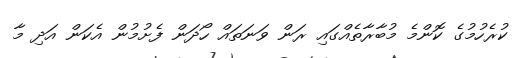
ކުރެހުމުގެ ކޮންމެ މުބާރާތެއްގައި ރަން ވަނަތައް ހޯދަން ފެށުމުން އެކަން އަދި މާ